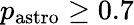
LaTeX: p_{\mathrm{{astro}}}\geq 0.7